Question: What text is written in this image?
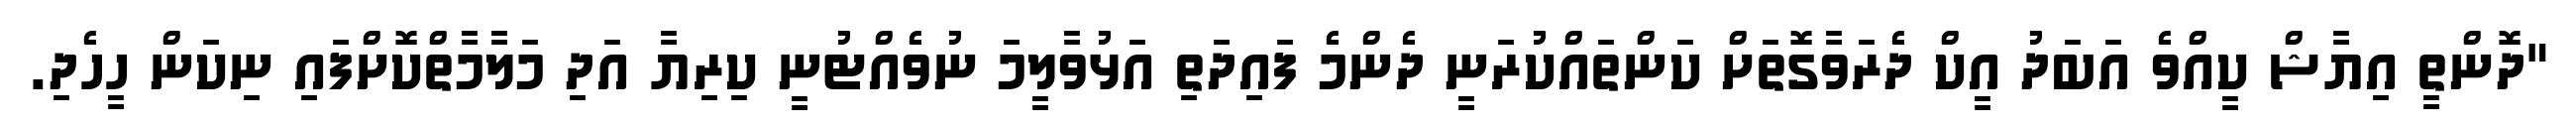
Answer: "ދޮންތީ އިޔާޝް ކީއްވެ އަބަދު އީކް ދެރަވާގޮތަށް ކަންތައްކުރަނީ ދެންމެ ފައިދަތި އަޅުވާލީމަ ނުވެއްޓުނީ ކިރިޔާ އަދި މަލާމާތްކޮށްފައި ނިކަން ހީހެދި.